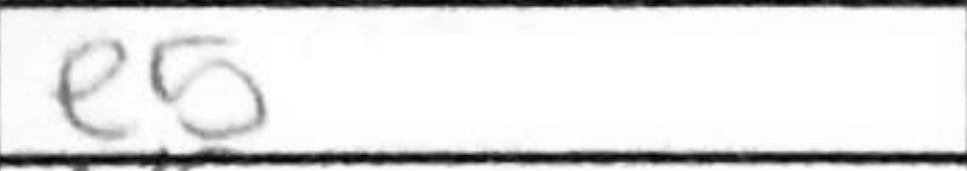
Transcription: e5